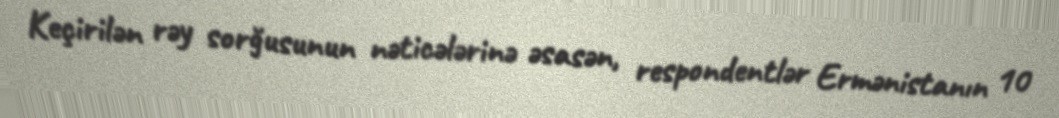
Keçirilən rəy sorğusunun nəticələrinə əsasən, respondentlər Ermənistanın 10